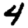
Digit: 4